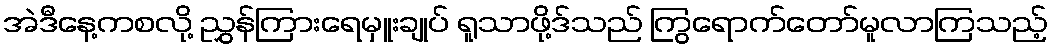
အဲဒီနေ့ကစလို့ ညွှန်ကြားရေမှူးချုပ် ရူသာဖို့ဒ်သည် ကြွရောက်တော်မူလာကြသည့်